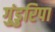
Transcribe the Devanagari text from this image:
गुंडुरिपा